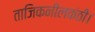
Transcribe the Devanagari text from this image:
ताजिकनीलकंठी।